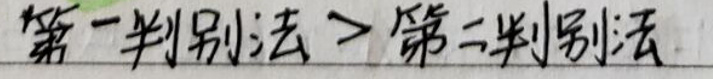
第一判别法\(>\)第二判别法